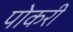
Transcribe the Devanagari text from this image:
पोकरी